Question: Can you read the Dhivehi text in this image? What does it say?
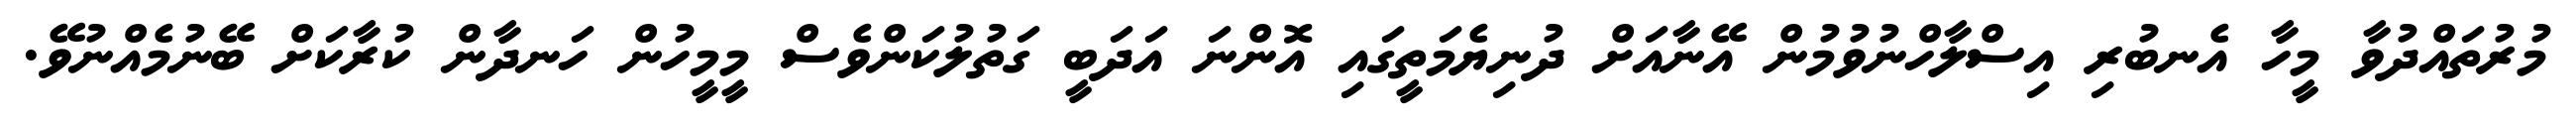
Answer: މުރުތައްދުވާ މީހާ އެނބުރި އިސްލާހްނުވުމުން އޭނާއަށް ދުނިޔެމަތީގައި އޮންނަ އަދަބީ ގަތުލުކަންވެސް މީމީހުން ހަނދާން ކުރާކަށް ބޭނުމެއްނުވޭ.